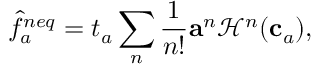
\hat { f } _ { a } ^ { n e q } = t _ { a } \sum _ { n } \frac { 1 } { n ! } \mathbf { a } ^ { n } \mathcal { H } ^ { n } ( \mathbf { c } _ { a } ) ,